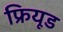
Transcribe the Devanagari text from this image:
फ्रियूड